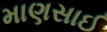
માણસાઈ